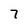
Character: 7